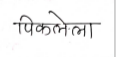
मजकूर: पिकलेला